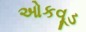
ઓકવૂડ